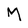
Character: M